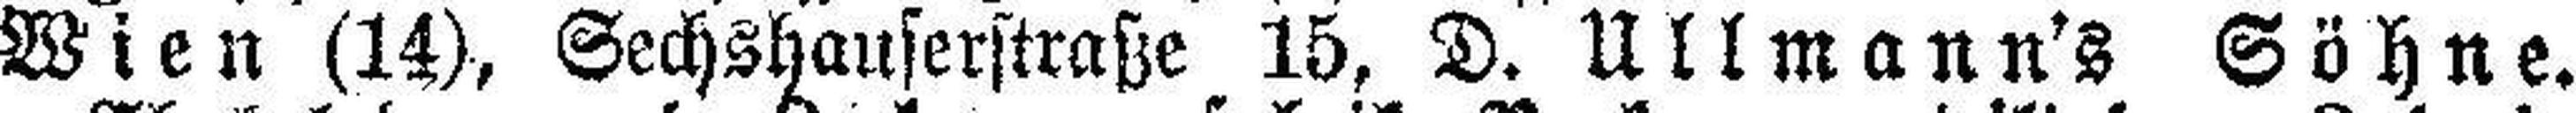
Wien (14), Sechshauserstraße 15, D. Ullmann's Söhne.